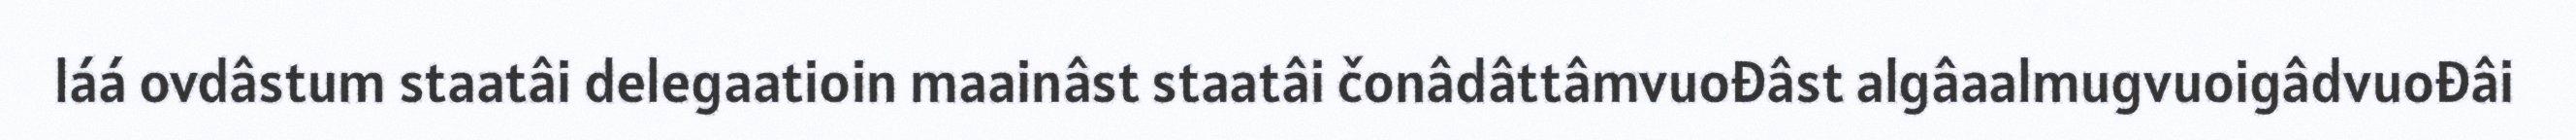
láá ovdâstum staatâi delegaatioin maainâst staatâi čonâdâttâmvuođâst algâaalmugvuoigâdvuođâi